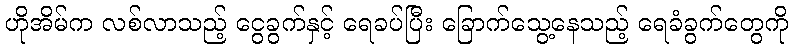
ဟိုအိမ်က လစ်လာသည့် ငွေခွက်နှင့် ရေခပ်ပြီး ခြောက်သွေ့နေသည့် ရေခံခွက်တွေကို